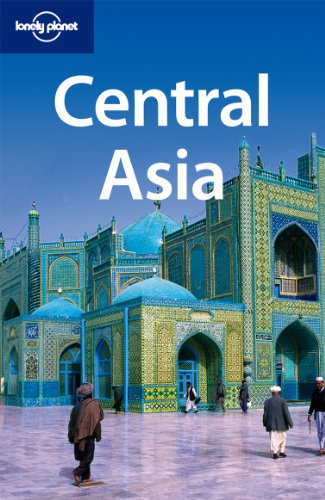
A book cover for Lonely Planet Central Asia (Travel Guide); Lonely Planet; Travel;